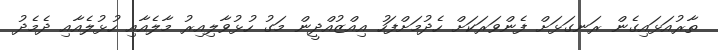
ތާރުއަޅައިގެން ރަނގަޅަށް ފެންވަރަކަށް ހެދުމަށްފަހު އިއްޒުއްދީން މަގު ހުޅުވާލިއިރު މާލެއާއި ހުޅުލެއާއި ދެމެދު